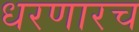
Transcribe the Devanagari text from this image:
धरणारच